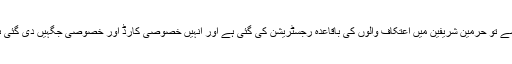
ویسے تو حرمین شریفین میں اعتکاف والوں کی باقاعدہ رجسٹریشن کی گئی ہے اور انہیں خصوصی کارڈ اور خصوصی جگہیں دی گئی ہیں۔